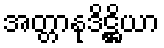
အတ္တာနုဒိဋ္ဌိယာ